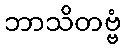
ဘာသိတဗ္ဗံ